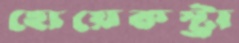
হোয়েকস্ট্রা